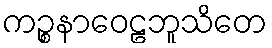
ကဉ္စနာဝေဠဘူသိတေ